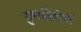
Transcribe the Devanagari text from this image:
गुणविशेषों